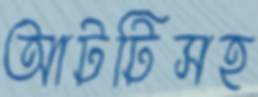
আটটিসহ